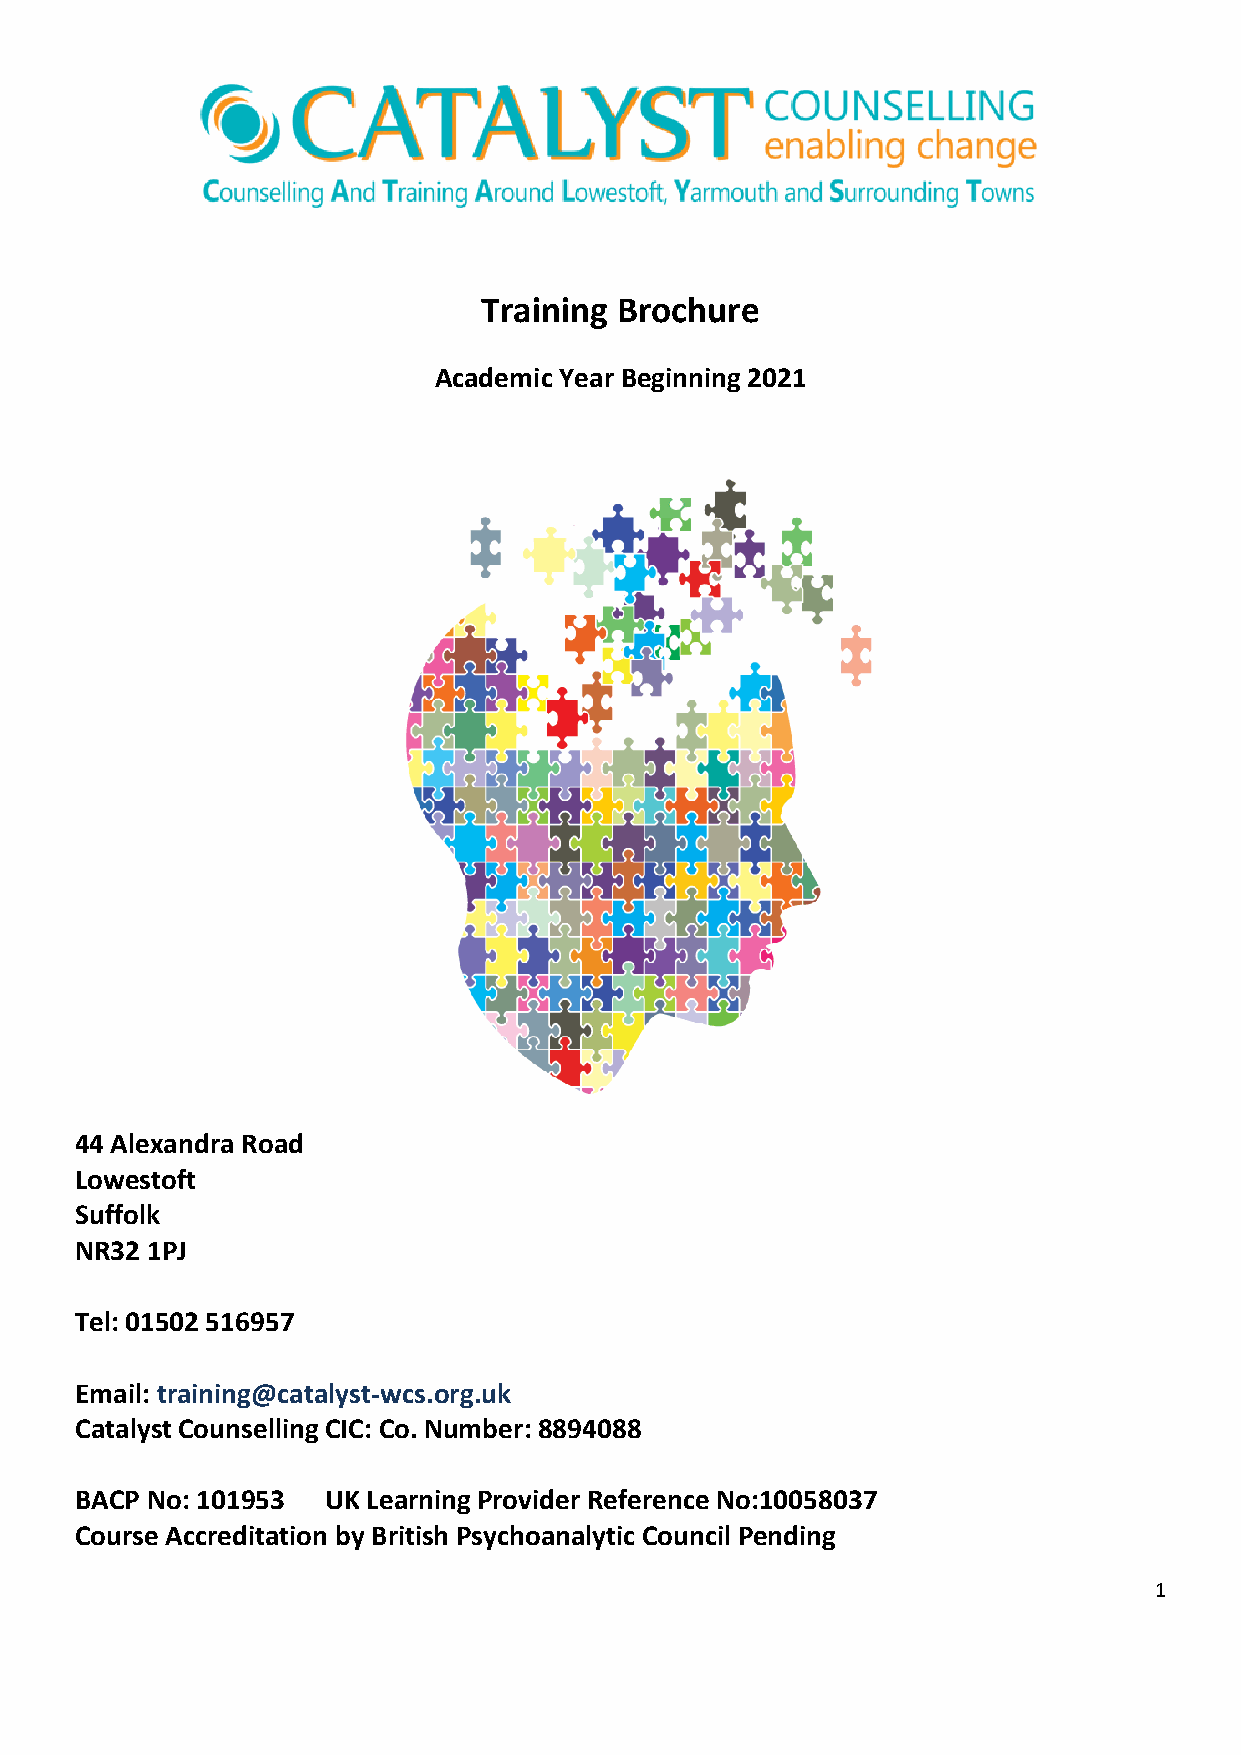
Training Brochure
 Academic Year Beginning 2021
 44 Alexandra Road
 Lowestoft
 Suffolk
 NR32 1PJ
 Tel: 01502 516957
 Email: training@catalyst-wcs.org.uk
 Catalyst Counselling CIC: Co. Number: 8894088
 BACP No: 101953 UK Learning Provider Reference No:10058037
 Course Accreditation by British Psychoanalytic Council Pending
 1